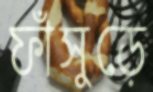
ফাঁসুড়ে